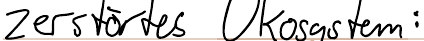
zerstörtes Ökosystem: